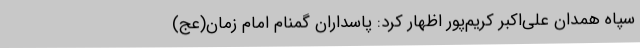
سپاه همدان علی‌اکبر کریم‌پور اظهار کرد: پاسداران گمنام امام زمان(عج)